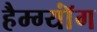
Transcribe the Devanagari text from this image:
हैम्ग्यॉंग